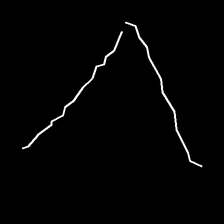
Glyph: region